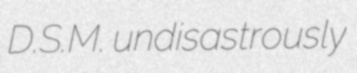
D.S.M. undisastrously